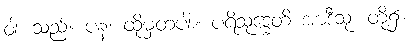
ဝါ၊ သည်။ ပန၊ ထိုမှတပါး။ ပရိသုဒ္ဓေတိ အာဒီသု၊ တို့၌။